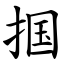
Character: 掴